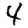
Digit: 4